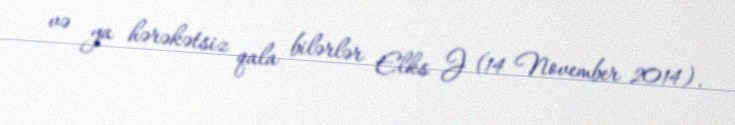
və ya hərəkətsiz qala bilərlər Elks J (14 November 2014).